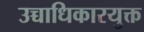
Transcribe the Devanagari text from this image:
उच्चाधिकारयुक्त